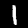
Label: 1